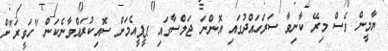
ޔާމީން ވެސް މިރޭ ކާނިވާ ސަރަހައްދުގައި އޮންނަ ޖަލްސާގައި ޕީޕީއެމަށް ސޮއިކުރައްވާނެކަން "ހަވީރަ"ށް